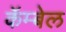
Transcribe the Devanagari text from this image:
कॅम्बेल